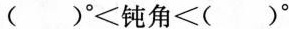
( )^{\circ}＜钝角＜( )^{\circ}